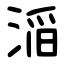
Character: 㴞